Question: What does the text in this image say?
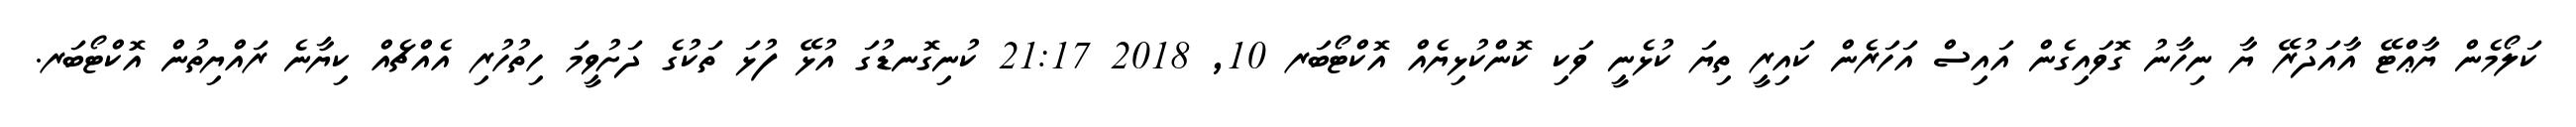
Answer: ކަލޯމެން ޔާޢްޓޭ އާއަދުރޭ ޔާ ނިހާނު ގޮވައިގެން އައިސް އަހަރެން ކައިރީ ތިޔަ ކުޅެނީ ވަކި ކޮންކުޅިޔެއް އޮކްޓޯބަރ 10, 2018 21:17 ކުނިގޮނޑުގަ އުޅޭ ފުޅަ ތަކުގެ ދަށުވީމަ ހިތުހުރި އެއްޗެއް ކިޔާނެ ރައްޔިތުން އޮކްޓޯބަރ.